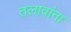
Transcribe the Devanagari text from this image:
तलावांना